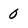
Character: 0